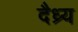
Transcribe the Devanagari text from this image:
दैध्र्य